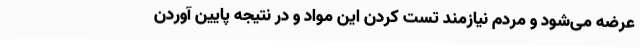
عرضه می‌شود و مردم نیازمند تست کردن این مواد و در نتیجه پایین آوردن